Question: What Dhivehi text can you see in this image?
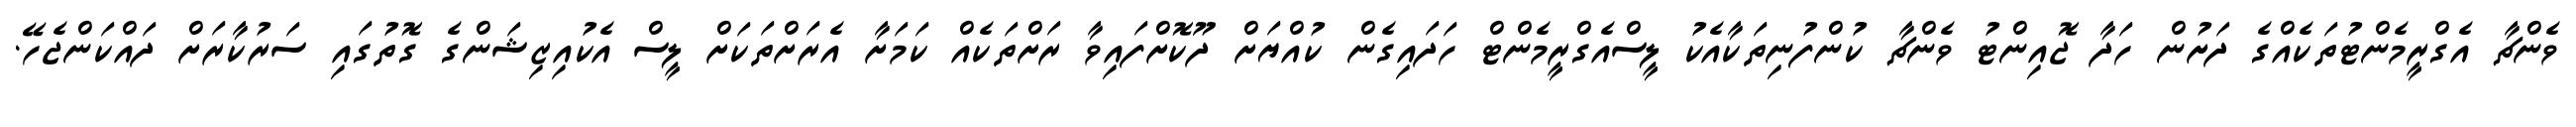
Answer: ވެންޗާ އެގްރީމެންޓުތަކެއްގެ ދަށުން ހަދާ ޖޮއިންޓު ވެންޗާ ކުންފުނިތަކާއެކު ލީސްއެގްރީމެންޓް ހަދައިގެން ކުއްޔަށް ދޫކޮށްފައިވާ ރަށްތަކެއް ކަމަށާ އެރަށްތަކަށް ލީސް އެކުއިޒިޝަންގެ ގޮތުގައި ސަރުކާރަށް ދައްކަންޖެހޭ.